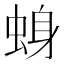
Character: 𫊾